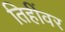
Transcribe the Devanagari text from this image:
तिहींवर